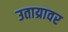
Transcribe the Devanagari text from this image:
उताय्रावर